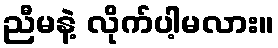
ညီမနဲ့ လိုက်ပါ့မလား။